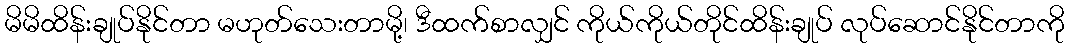
မိမိထိန်းချုပ်နိုင်တာ မဟုတ်သေးတာမို့၊ ဒီထက်စာလျှင် ကိုယ်ကိုယ်တိုင်ထိန်းချုပ် လုပ်ဆောင်နိုင်တာကို